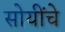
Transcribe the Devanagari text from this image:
सोयींचे